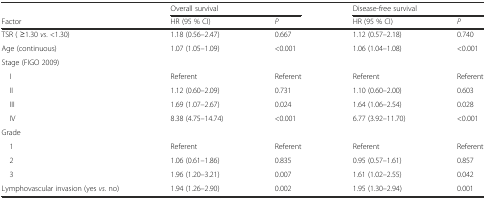
<table><thead><tr><td></td><td colspan="2"><b>Overall survival</b></td><td colspan="2"><b>Disease-free survival</b></td></tr><tr><td><b>Factor</b></td><td><b>HR (95 % CI)</b></td><td><b><i>P</i></b></td><td><b>HR (95 % CI)</b></td><td><b><i>P</i></b></td></tr></thead><tbody><tr><td>TSR ( ≥1.30 <i>vs</i>. &lt;1.30)</td><td>1.18 (0.56–2.47)</td><td>0.667</td><td>1.12 (0.57–2.18)</td><td>0.740</td></tr><tr><td>Age (continuous)</td><td>1.07 (1.05–1.09)</td><td>&lt;0.001</td><td>1.06 (1.04–1.08)</td><td>&lt;0.001</td></tr><tr><td>Stage (FIGO 2009)</td><td></td><td></td><td></td><td></td></tr><tr><td> I</td><td>Referent</td><td>Referent</td><td>Referent</td><td>Referent</td></tr><tr><td> II</td><td>1.12 (0.60–2.09)</td><td>0.731</td><td>1.10 (0.60–2.00)</td><td>0.603</td></tr><tr><td> III</td><td>1.69 (1.07–2.67)</td><td>0.024</td><td>1.64 (1.06–2.54)</td><td>0.028</td></tr><tr><td> IV</td><td>8.38 (4.75–14.74)</td><td>&lt;0.001</td><td>6.77 (3.92–11.70)</td><td>&lt;0.001</td></tr><tr><td>Grade</td><td></td><td></td><td></td><td></td></tr><tr><td> 1</td><td>Referent</td><td>Referent</td><td>Referent</td><td>Referent</td></tr><tr><td> 2</td><td>1.06 (0.61–1.86)</td><td>0.835</td><td>0.95 (0.57–1.61)</td><td>0.857</td></tr><tr><td> 3</td><td>1.96 (1.20–3.21)</td><td>0.007</td><td>1.61 (1.02–2.55)</td><td>0.042</td></tr><tr><td>Lymphovascular invasion (yes <i>vs</i>. no)</td><td>1.94 (1.26–2.90)</td><td>0.002</td><td>1.95 (1.30–2.94)</td><td>0.001</td></tr></tbody></table>